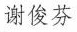
谢俊芬